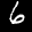
Label: 6